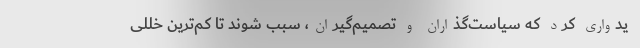
یدواری کرد که سیاست‌گذاران و تصمیم‌گیران، سبب شوند تا کم‌ترین خللی